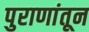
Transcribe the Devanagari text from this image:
पुराणांतून